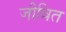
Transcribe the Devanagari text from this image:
जीवित